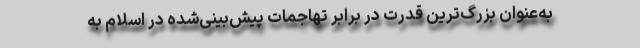
به‌عنوان بزرگ‌ترین قدرت در برابر تهاجمات پیش‌بینی‌شده در اسلام به